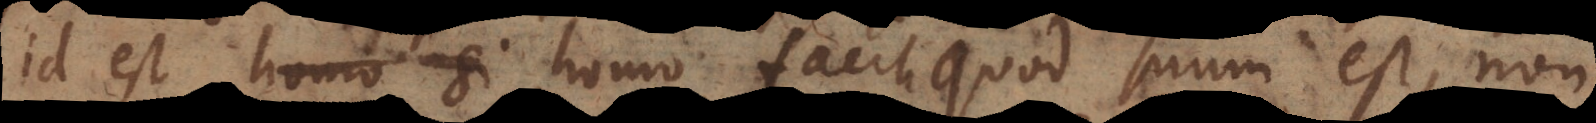
id est homo si homo facit quod suum est, non